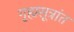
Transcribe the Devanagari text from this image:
गृह्यसूत्रांत